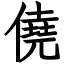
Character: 僥